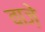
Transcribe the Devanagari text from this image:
वाज़े